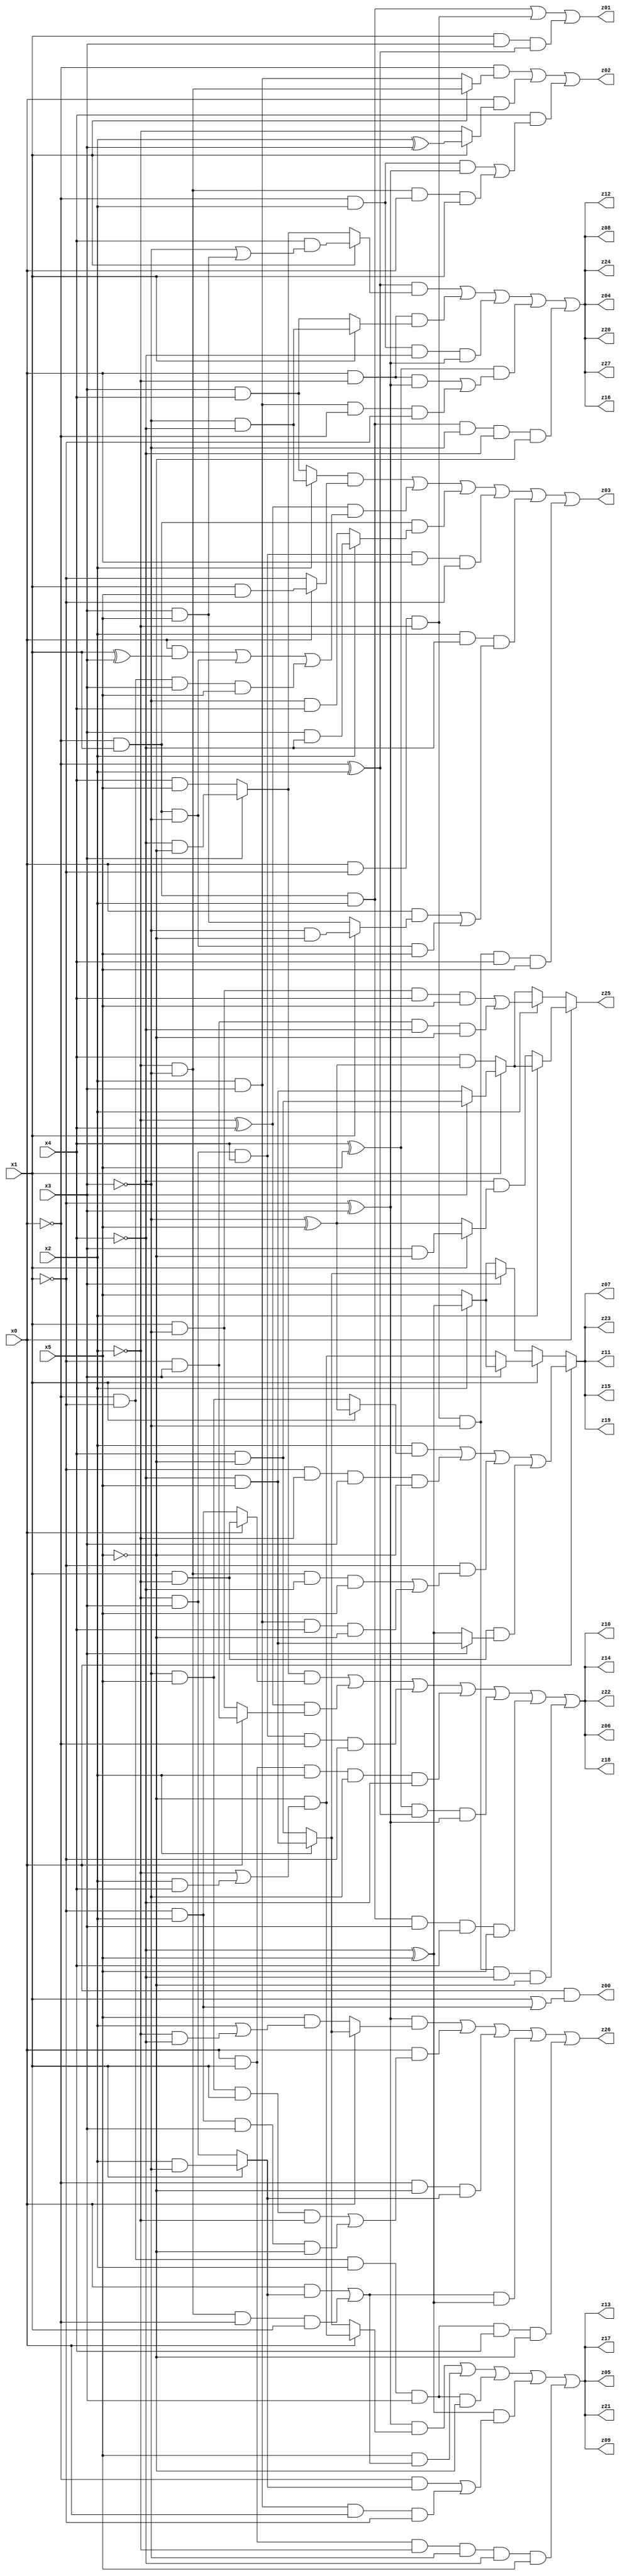
// Benchmark "q_4" written by ABC on Mon Jul 10 22:59:29 2023

module q_4 ( 
    x0, x1, x2, x3, x4, x5,
    z00, z01, z02, z03, z04, z05, z06, z07, z08, z09, z10, z11, z12, z13,
    z14, z15, z16, z17, z18, z19, z20, z21, z22, z23, z24, z25, z26, z27  );
  input  x0, x1, x2, x3, x4, x5;
  output z00, z01, z02, z03, z04, z05, z06, z07, z08, z09, z10, z11, z12, z13,
    z14, z15, z16, z17, z18, z19, z20, z21, z22, z23, z24, z25, z26, z27;
  assign z00 = x0 & (x1 | (~x1 & x2));
  assign z01 = (~x0 & x1 & x2) | (x0 & ~x1 & ~x2) | (x1 & x3 & (~x0 ^ x2));
  assign z02 = (~x0 & (x1 ? (~x2 & ~x3) : (x2 & x3))) | (x0 & (x1 ? (x2 ^ x3) : ~x2)) | (x4 & ((~x0 & x2 & (~x1 ^ x3)) | (~x2 & ~x3 & x0 & x1)));
  assign z03 = ((x2 ? (~x3 & ~x4) : (x3 & x4)) & (x0 ? (x1 & x5) : ~x1)) | ((~x2 ^ x4) & ((x0 & (x1 ^ x3)) | (~x0 & x1 & ~x3) | (~x0 & ~x1 & x3 & x5))) | (~x0 & x1 & (x2 ? (x3 & ~x4) : (~x3 & x4))) | (~x2 & x3 & x4 & x0 & ~x1) | (x2 & ~x4 & ((x0 & (x1 ? (~x3 & ~x5) : (x3 & x5))) | (~x0 & x1 & ~x3 & x5))) | (x0 & ~x1 & ~x2 & ~x3 & x4 & x5);
  assign z04 = ((~x0 ^ x2) & (x1 ? (x4 & (~x3 | (x3 & x5))) : (x3 ? (~x4 & ~x5) : (x4 & x5)))) | (x0 & ~x2 & (x1 ? (~x3 & ~x4) : (x3 & x4))) | (~x0 & x2 & ~x4 & (~x1 ^ x3)) | ((x4 ^ x5) & ((x0 & ~x2 & (~x1 ^ x3)) | (x2 & x3 & ~x0 & ~x1))) | (~x0 & x1 & x2 & ~x3 & ~x4 & ~x5);
  assign z05 = ((~x1 ^ x3) & (x0 ? (~x5 & (~x2 | (x2 & x4))) : (x2 ? (~x4 & x5) : (x4 & ~x5)))) | (x5 & ((x0 & (x1 ? (x2 & ~x3) : (~x2 & x3))) | (~x2 & ~x3 & ~x0 & x1))) | (~x0 & ~x1 & x2 & x3 & ~x5) | ((~x4 ^ x5) & ((~x0 & (x1 ? (x2 & ~x3) : (~x2 & x3))) | (x2 & x3 & x0 & ~x1))) | (x0 & x1 & ~x2 & ~x3 & ~x4 & x5);
  assign z06 = ((x3 ? (~x4 & ~x5) : (x4 & x5)) & (x0 ? (x1 & ~x2) : (~x1 & x2))) | ((~x2 ^ x4) & (x0 ? (~x1 & x3) : (x1 & ~x3))) | (~x2 & x3 & x4 & ~x0 & ~x1) | (x0 & x1 & x2 & ~x3 & ~x4) | ((x4 ^ x5) & (~x0 ^ x2) & (~x1 ^ x3)) | (~x0 & x1 & x2 & x3 & x4 & x5) | (x0 & ~x1 & ~x2 & ~x3 & ~x4 & ~x5);
  assign z07 = x0 ? ((x2 & (x1 ? (~x3 ^ x5) : (~x3 & x5))) | (~x1 & ~x2 & x3 & ~x5) | (~x1 & ((~x2 & ~x3 & ~x4 & x5) | (x2 & x3 & x4 & ~x5))) | (x1 & ~x2 & (x3 ? (~x4 & x5) : (~x4 ^ x5)))) : (x1 ? (x3 ? (x2 ? (~x4 ^ x5) : x5) : (~x5 & (~x2 | (x2 & x4)))) : (x3 ? (x2 ? (~x4 & x5) : (x4 & ~x5)) : (x2 ? (~x4 ^ x5) : x5)));
  assign z08 = ((~x0 ^ x2) & (x1 ? (x4 & (~x3 | (x3 & x5))) : (x3 ? (~x4 & ~x5) : (x4 & x5)))) | (x0 & ~x2 & (x1 ? (~x3 & ~x4) : (x3 & x4))) | (~x0 & x2 & ~x4 & (~x1 ^ x3)) | ((x4 ^ x5) & ((x0 & ~x2 & (~x1 ^ x3)) | (x2 & x3 & ~x0 & ~x1))) | (~x0 & x1 & x2 & ~x3 & ~x4 & ~x5);
  assign z09 = ((~x1 ^ x3) & (x0 ? (~x5 & (~x2 | (x2 & x4))) : (x2 ? (~x4 & x5) : (x4 & ~x5)))) | (x5 & ((x0 & (x1 ? (x2 & ~x3) : (~x2 & x3))) | (~x2 & ~x3 & ~x0 & x1))) | (~x0 & ~x1 & x2 & x3 & ~x5) | ((~x4 ^ x5) & ((~x0 & (x1 ? (x2 & ~x3) : (~x2 & x3))) | (x2 & x3 & x0 & ~x1))) | (x0 & x1 & ~x2 & ~x3 & ~x4 & x5);
  assign z10 = ((x3 ? (~x4 & ~x5) : (x4 & x5)) & (x0 ? (x1 & ~x2) : (~x1 & x2))) | ((~x2 ^ x4) & (x0 ? (~x1 & x3) : (x1 & ~x3))) | (~x2 & x3 & x4 & ~x0 & ~x1) | (x0 & x1 & x2 & ~x3 & ~x4) | ((x4 ^ x5) & (~x0 ^ x2) & (~x1 ^ x3)) | (~x0 & x1 & x2 & x3 & x4 & x5) | (x0 & ~x1 & ~x2 & ~x3 & ~x4 & ~x5);
  assign z11 = x0 ? ((x2 & (x1 ? (~x3 ^ x5) : (~x3 & x5))) | (~x1 & ~x2 & x3 & ~x5) | (~x1 & ((~x2 & ~x3 & ~x4 & x5) | (x2 & x3 & x4 & ~x5))) | (x1 & ~x2 & (x3 ? (~x4 & x5) : (~x4 ^ x5)))) : (x1 ? (x3 ? (x2 ? (~x4 ^ x5) : x5) : (~x5 & (~x2 | (x2 & x4)))) : (x3 ? (x2 ? (~x4 & x5) : (x4 & ~x5)) : (x2 ? (~x4 ^ x5) : x5)));
  assign z12 = ((~x0 ^ x2) & (x1 ? (x4 & (~x3 | (x3 & x5))) : (x3 ? (~x4 & ~x5) : (x4 & x5)))) | (x0 & ~x2 & (x1 ? (~x3 & ~x4) : (x3 & x4))) | (~x0 & x2 & ~x4 & (~x1 ^ x3)) | ((x4 ^ x5) & ((x0 & ~x2 & (~x1 ^ x3)) | (x2 & x3 & ~x0 & ~x1))) | (~x0 & x1 & x2 & ~x3 & ~x4 & ~x5);
  assign z13 = ((~x1 ^ x3) & (x0 ? (~x5 & (~x2 | (x2 & x4))) : (x2 ? (~x4 & x5) : (x4 & ~x5)))) | (x5 & ((x0 & (x1 ? (x2 & ~x3) : (~x2 & x3))) | (~x2 & ~x3 & ~x0 & x1))) | (~x0 & ~x1 & x2 & x3 & ~x5) | ((~x4 ^ x5) & ((~x0 & (x1 ? (x2 & ~x3) : (~x2 & x3))) | (x2 & x3 & x0 & ~x1))) | (x0 & x1 & ~x2 & ~x3 & ~x4 & x5);
  assign z14 = ((x3 ? (~x4 & ~x5) : (x4 & x5)) & (x0 ? (x1 & ~x2) : (~x1 & x2))) | ((~x2 ^ x4) & (x0 ? (~x1 & x3) : (x1 & ~x3))) | (~x2 & x3 & x4 & ~x0 & ~x1) | (x0 & x1 & x2 & ~x3 & ~x4) | ((x4 ^ x5) & (~x0 ^ x2) & (~x1 ^ x3)) | (~x0 & x1 & x2 & x3 & x4 & x5) | (x0 & ~x1 & ~x2 & ~x3 & ~x4 & ~x5);
  assign z15 = x0 ? ((x2 & (x1 ? (~x3 ^ x5) : (~x3 & x5))) | (~x1 & ~x2 & x3 & ~x5) | (~x1 & ((~x2 & ~x3 & ~x4 & x5) | (x2 & x3 & x4 & ~x5))) | (x1 & ~x2 & (x3 ? (~x4 & x5) : (~x4 ^ x5)))) : (x1 ? (x3 ? (x2 ? (~x4 ^ x5) : x5) : (~x5 & (~x2 | (x2 & x4)))) : (x3 ? (x2 ? (~x4 & x5) : (x4 & ~x5)) : (x2 ? (~x4 ^ x5) : x5)));
  assign z16 = ((~x0 ^ x2) & (x1 ? (x4 & (~x3 | (x3 & x5))) : (x3 ? (~x4 & ~x5) : (x4 & x5)))) | (x0 & ~x2 & (x1 ? (~x3 & ~x4) : (x3 & x4))) | (~x0 & x2 & ~x4 & (~x1 ^ x3)) | ((x4 ^ x5) & ((x0 & ~x2 & (~x1 ^ x3)) | (x2 & x3 & ~x0 & ~x1))) | (~x0 & x1 & x2 & ~x3 & ~x4 & ~x5);
  assign z17 = ((~x1 ^ x3) & (x0 ? (~x5 & (~x2 | (x2 & x4))) : (x2 ? (~x4 & x5) : (x4 & ~x5)))) | (x5 & ((x0 & (x1 ? (x2 & ~x3) : (~x2 & x3))) | (~x2 & ~x3 & ~x0 & x1))) | (~x0 & ~x1 & x2 & x3 & ~x5) | ((~x4 ^ x5) & ((~x0 & (x1 ? (x2 & ~x3) : (~x2 & x3))) | (x2 & x3 & x0 & ~x1))) | (x0 & x1 & ~x2 & ~x3 & ~x4 & x5);
  assign z18 = ((x3 ? (~x4 & ~x5) : (x4 & x5)) & (x0 ? (x1 & ~x2) : (~x1 & x2))) | ((~x2 ^ x4) & (x0 ? (~x1 & x3) : (x1 & ~x3))) | (~x2 & x3 & x4 & ~x0 & ~x1) | (x0 & x1 & x2 & ~x3 & ~x4) | ((x4 ^ x5) & (~x0 ^ x2) & (~x1 ^ x3)) | (~x0 & x1 & x2 & x3 & x4 & x5) | (x0 & ~x1 & ~x2 & ~x3 & ~x4 & ~x5);
  assign z19 = x0 ? ((x2 & (x1 ? (~x3 ^ x5) : (~x3 & x5))) | (~x1 & ~x2 & x3 & ~x5) | (~x1 & ((~x2 & ~x3 & ~x4 & x5) | (x2 & x3 & x4 & ~x5))) | (x1 & ~x2 & (x3 ? (~x4 & x5) : (~x4 ^ x5)))) : (x1 ? (x3 ? (x2 ? (~x4 ^ x5) : x5) : (~x5 & (~x2 | (x2 & x4)))) : (x3 ? (x2 ? (~x4 & x5) : (x4 & ~x5)) : (x2 ? (~x4 ^ x5) : x5)));
  assign z20 = ((~x0 ^ x2) & (x1 ? (x4 & (~x3 | (x3 & x5))) : (x3 ? (~x4 & ~x5) : (x4 & x5)))) | (x0 & ~x2 & (x1 ? (~x3 & ~x4) : (x3 & x4))) | (~x0 & x2 & ~x4 & (~x1 ^ x3)) | ((x4 ^ x5) & ((x0 & ~x2 & (~x1 ^ x3)) | (x2 & x3 & ~x0 & ~x1))) | (~x0 & x1 & x2 & ~x3 & ~x4 & ~x5);
  assign z21 = ((~x1 ^ x3) & (x0 ? (~x5 & (~x2 | (x2 & x4))) : (x2 ? (~x4 & x5) : (x4 & ~x5)))) | (x5 & ((x0 & (x1 ? (x2 & ~x3) : (~x2 & x3))) | (~x2 & ~x3 & ~x0 & x1))) | (~x0 & ~x1 & x2 & x3 & ~x5) | ((~x4 ^ x5) & ((~x0 & (x1 ? (x2 & ~x3) : (~x2 & x3))) | (x2 & x3 & x0 & ~x1))) | (x0 & x1 & ~x2 & ~x3 & ~x4 & x5);
  assign z22 = ((x3 ? (~x4 & ~x5) : (x4 & x5)) & (x0 ? (x1 & ~x2) : (~x1 & x2))) | ((~x2 ^ x4) & (x0 ? (~x1 & x3) : (x1 & ~x3))) | (~x2 & x3 & x4 & ~x0 & ~x1) | (x0 & x1 & x2 & ~x3 & ~x4) | ((x4 ^ x5) & (~x0 ^ x2) & (~x1 ^ x3)) | (~x0 & x1 & x2 & x3 & x4 & x5) | (x0 & ~x1 & ~x2 & ~x3 & ~x4 & ~x5);
  assign z23 = x0 ? ((x2 & (x1 ? (~x3 ^ x5) : (~x3 & x5))) | (~x1 & ~x2 & x3 & ~x5) | (~x1 & ((~x2 & ~x3 & ~x4 & x5) | (x2 & x3 & x4 & ~x5))) | (x1 & ~x2 & (x3 ? (~x4 & x5) : (~x4 ^ x5)))) : (x1 ? (x3 ? (x2 ? (~x4 ^ x5) : x5) : (~x5 & (~x2 | (x2 & x4)))) : (x3 ? (x2 ? (~x4 & x5) : (x4 & ~x5)) : (x2 ? (~x4 ^ x5) : x5)));
  assign z24 = ((~x0 ^ x2) & (x1 ? (x4 & (~x3 | (x3 & x5))) : (x3 ? (~x4 & ~x5) : (x4 & x5)))) | (x0 & ~x2 & (x1 ? (~x3 & ~x4) : (x3 & x4))) | (~x0 & x2 & ~x4 & (~x1 ^ x3)) | ((x4 ^ x5) & ((x0 & ~x2 & (~x1 ^ x3)) | (x2 & x3 & ~x0 & ~x1))) | (~x0 & x1 & x2 & ~x3 & ~x4 & ~x5);
  assign z25 = x0 ? (x2 ? (x1 ? (x3 ? (x4 & ~x5) : (~x4 & x5)) : (x4 & (~x3 ^ x5))) : (~x4 & (x1 ? (x3 & ~x5) : (~x3 ^ x5)))) : (x2 ? ((x1 & ~x3 & x4 & x5) | (~x1 & x3 & ~x4 & ~x5)) : (x1 ? (x3 ? (x4 & ~x5) : (~x4 & x5)) : (x4 & (~x3 ^ x5))));
  assign z26 = ((~x1 ^ x3) & (x0 ? (x2 ? (~x4 & x5) : (x4 & ~x5)) : (x5 & (x2 | (~x2 & ~x4))))) | (x0 & ((~x3 & x5 & x1 & ~x2) | (~x1 & x2 & x3 & ~x5))) | (~x0 & ~x5 & (x1 ? (x2 & ~x3) : (~x2 & x3))) | (((x0 & (x1 ? (x2 & ~x3) : (~x2 & x3))) | (~x2 & ~x3 & ~x0 & x1)) & (~x4 ^ x5)) | (~x0 & ~x1 & x2 & x3 & x4 & ~x5);
  assign z27 = ((~x0 ^ x2) & (x1 ? (x4 & (~x3 | (x3 & x5))) : (x3 ? (~x4 & ~x5) : (x4 & x5)))) | (x0 & ~x2 & (x1 ? (~x3 & ~x4) : (x3 & x4))) | (~x0 & x2 & ~x4 & (~x1 ^ x3)) | ((x4 ^ x5) & ((x0 & ~x2 & (~x1 ^ x3)) | (x2 & x3 & ~x0 & ~x1))) | (~x0 & x1 & x2 & ~x3 & ~x4 & ~x5);
endmodule